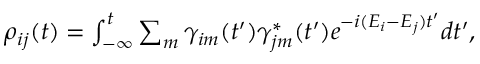
\begin{array} { r } { \rho _ { i j } ( t ) = \int _ { - \infty } ^ { t } \sum _ { m } \gamma _ { i m } ( t ^ { \prime } ) \gamma _ { j m } ^ { \ast } ( t ^ { \prime } ) e ^ { - i ( E _ { i } - E _ { j } ) t ^ { \prime } } d t ^ { \prime } , } \end{array}